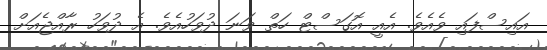
އައިސްފައި ވެއެވެ. އެއީ އޮގަސްޓް ހަތް ވަނަ ދުވަހުއެވެ. އެ ދުވަހު ރާއްޖެއަށް